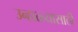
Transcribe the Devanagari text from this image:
उन्हाळ्यासाठी